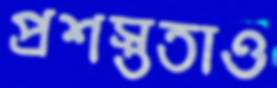
প্রশস্ততাও